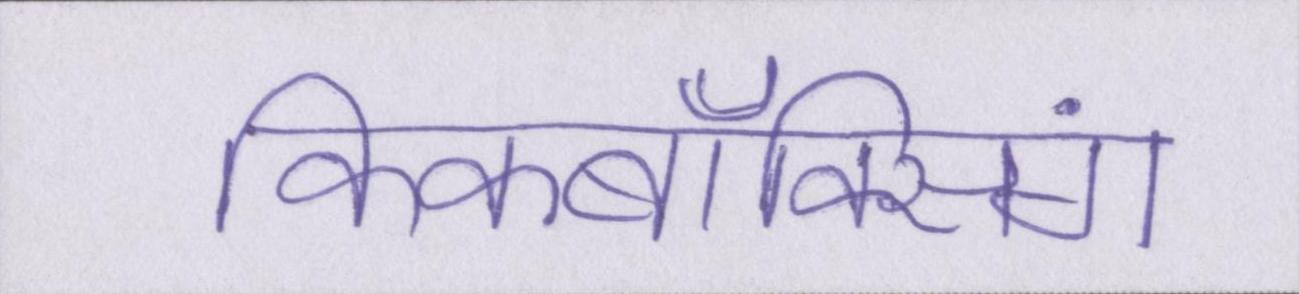
किकबॉक्सिंग